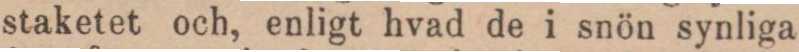
staketet och, enligt hvad de i snön synliga